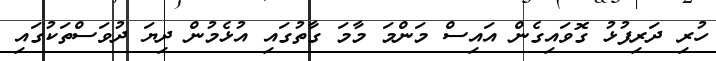
ހުރި ދަރިފުޅު ގޮވައިގެން އައިސް މަންމަ މާމަ ގާތުގައި އުޅެމުން ދިޔަ ދުވަސްތަކުގައި